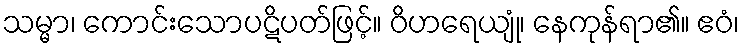
သမ္မာ၊ ကောင်းသောပဋိပတ်ဖြင့်။ ဝိဟရေယျုံ၊ နေကုန်ရာ၏။ ဧဝံ၊